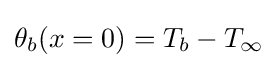
\theta _{b}(x=0)=T_{b}-T_{\infty }